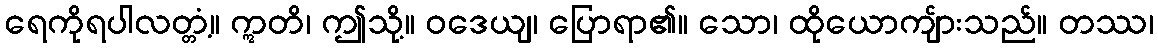
ရေကိုရပါလတ္တံ့။ ဣတိ၊ ဤသို့။ ဝဒေယျ၊ ပြောရာ၏။ သော၊ ထိုယောကျ်ားသည်။ တဿ၊